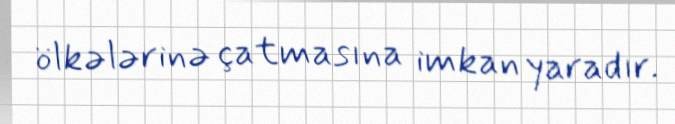
ölkələrinə çatmasına imkan yaradır.